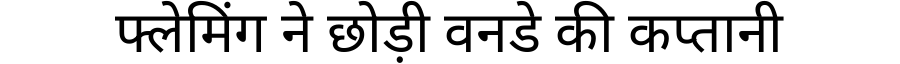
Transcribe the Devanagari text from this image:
फ्लेमिंग ने छोड़ी वनडे की कप्तानी